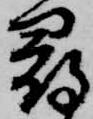
尋